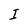
Character: I